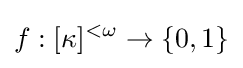
f:[\kappa ]^{<\omega }\to \{0,1\}